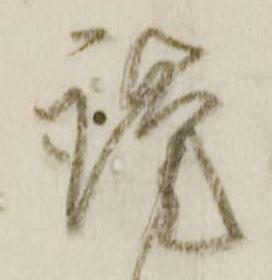
謹